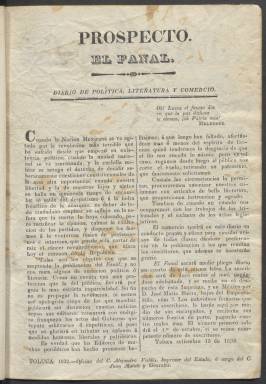
Título: El Fanal (Toluca)
Colección: Periódicos anteriores a 1850
Ámbito geográfico: México
Lugar de publicación: Toluca [Méjico]
Fechas: 01/01/1832-10/05/1833